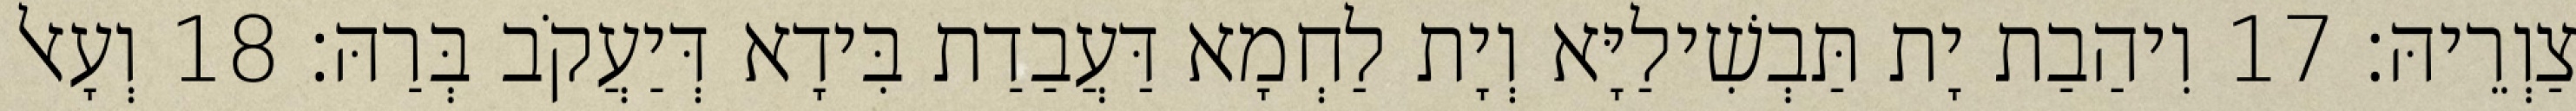
צַוְרֵיהּ׃ 17 וִיהַבַת יָת תַּבְשִׁילַיָּא וְיָת לַחְמָא דַּעֲבַדַת בִּידָא דְּיַעֲקֹב בְּרַהּ׃ 18 וְעָאל